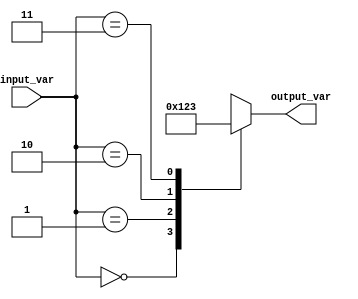
module case_statement_example (
    input [1:0] input_var,
    output reg [3:0] output_var
);

initial begin
    case (input_var)
        2'b00: output_var = 4'b0000; // if input is 00, output is 0000
        2'b01: output_var = 4'b0001; // if input is 01, output is 0001
        2'b10: output_var = 4'b0010; // if input is 10, output is 0010
        2'b11: output_var = 4'b0011; // if input is 11, output is 0011
        default: output_var = 4'b0000; // default case, output is 0000
    endcase
end

endmodule